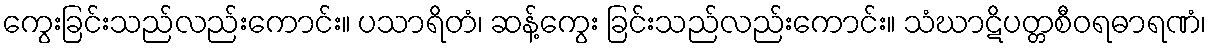
ကွေးခြင်းသည်လည်းကောင်း။ ပသာရိတံ၊ ဆန့်ကွေး ခြင်းသည်လည်းကောင်း။ သံဃာဋိပတ္တစီဝရဓာရဏံ၊